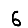
Digit: 6